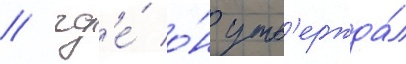
/ гд'е́ о́н утв'ержда́л